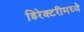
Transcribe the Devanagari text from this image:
डिरेक्टरीमध्ये